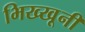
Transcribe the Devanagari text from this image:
भिख्खूनी